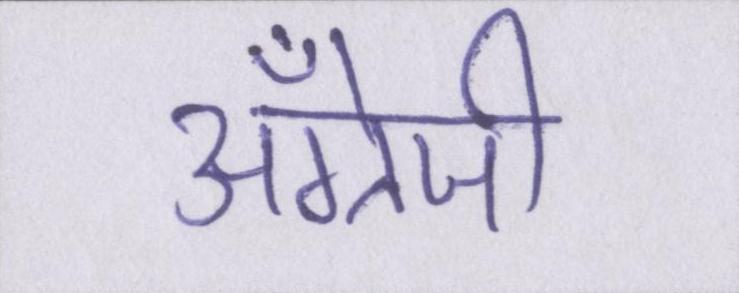
अँग्रेजी